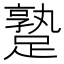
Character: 𨄡